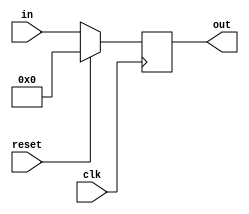
module Lab7_PC(in,out,clk,reset);
    input [7:0] in;
    input clk,reset;
    output reg [7:0] out;

    always @(posedge clk)
    begin
        if (reset)
            out = 8'b0;
        else
            out = in;
    end

endmodule